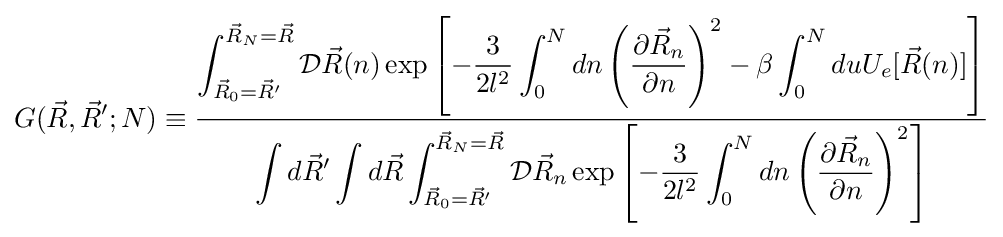
G({\vec {R}},{\vec {R}}';N)\equiv {\frac {\displaystyle \int _{{\vec {R}}_{0}={\vec {R}}'}^{{\vec {R}}_{N}={\vec {R}}}{\mathcal {D}}{\vec {R}}(n)\exp \left[-{\frac {3}{2l^{2}}}\displaystyle \int _{0}^{N}dn\left({\frac {\partial {\vec {R}}_{n}}{\partial n}}\right)^{2}-\beta \displaystyle \int _{0}^{N}duU_{e}[{\vec {R}}(n)]\right]}{\displaystyle \int d{\vec {R}}'\displaystyle \int d{\vec {R}}\displaystyle \int _{{\vec {R}}_{0}={\vec {R}}'}^{{\vec {R}}_{N}={\vec {R}}}{\mathcal {D}}{\vec {R}}_{n}\exp \left[-{\frac {3}{2l^{2}}}\displaystyle \int _{0}^{N}dn\left({\frac {\partial {\vec {R}}_{n}}{\partial n}}\right)^{2}\right]}}